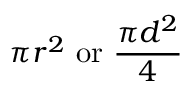
\pi r ^ { 2 } \ { \mathrm { o r } } \ { \frac { \pi d ^ { 2 } } { 4 } } \,